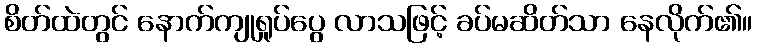
စိတ်ထဲတွင် နောက်ကျုရှုပ်ပွေ လာသဖြင့် ခပ်မဆိတ်သာ နေလိုက်၏။